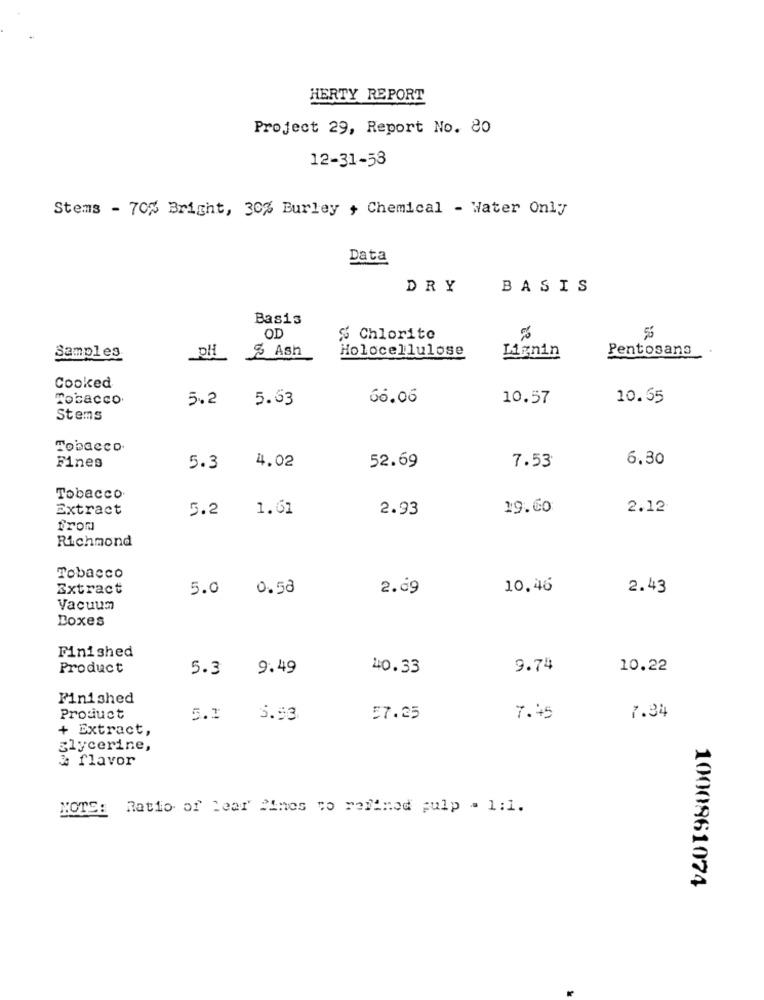
HERTY REPORT
Project 29, Report No. 80
12-31-53
Stems - 70% Bright, 30% Burley , Chemical - Water Only
Data
DRY
BASIS
Basis
OD
% Chlorite
55
DH
% Ash
Holocellulose
Pentosans
Samples
Lignin
Cooked
Tobacco
5.2
5.63
66.06
10.57
10.65
Stems
Tobacco.
6.30
Fines
5.3
4.02
52.69
7.53
Tobacco
Extract
5.2
1.61
2.93
19.60
2.12
from
Richmond
Tobacco
Extract
5.0
0.58
2.69
10.46
2.43
Vacuum
Boxes
Finished
Product
5.3
9.49
40.33
9.74
10.22
Finished
Product
5.1
5.93
57.25
7.45
7.34
+ Extract,
glycerine,
& flavor
NOTS: Ratio of Lear Pines to refimod pulp = 1:1.
1000861074